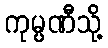
ကုမ္ပဏီသို့